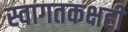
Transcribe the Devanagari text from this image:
स्वागतकक्षही